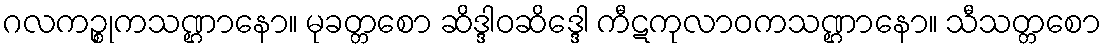
ဂလကဉ္စုကသဏ္ဌာနော။ မုခတ္တစော ဆိဒ္ဒါဝဆိဒ္ဒေါ ကီဋကုလာဝကသဏ္ဌာနော။ သီသတ္တစော